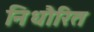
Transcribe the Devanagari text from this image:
निधौरित